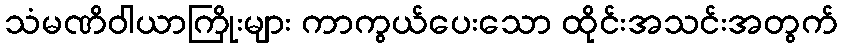
သံမဏိဝါယာကြိုးများ ကာကွယ်ပေးသော ထိုင်းအသင်းအတွက်